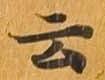
云